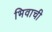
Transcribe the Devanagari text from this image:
भिवाची